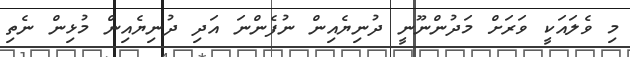
މި ވެލައަކީ ވަރަށް މަދުންނޫނީ ދުނިޔެއިން ނުފެންނަ އަދި ދުނިޔެއިން މުޅިން ނެތި